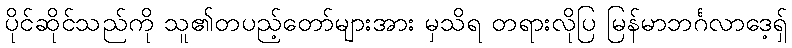
ပိုင်ဆိုင်သည်ကို သူ၏တပည့်တော်များအား မှသိရ တရားလိုပြ မြန်မာဘင်္ဂလာဒေ့ရှ်